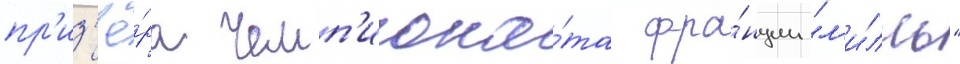
пр'из'ё́ра чемп'иона́та фра́нции "л'и́лль"